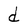
Character: d